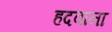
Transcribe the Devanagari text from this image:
हदवाना